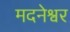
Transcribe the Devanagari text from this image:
मदनेश्वर